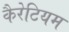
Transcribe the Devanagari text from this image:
कैरेटियम